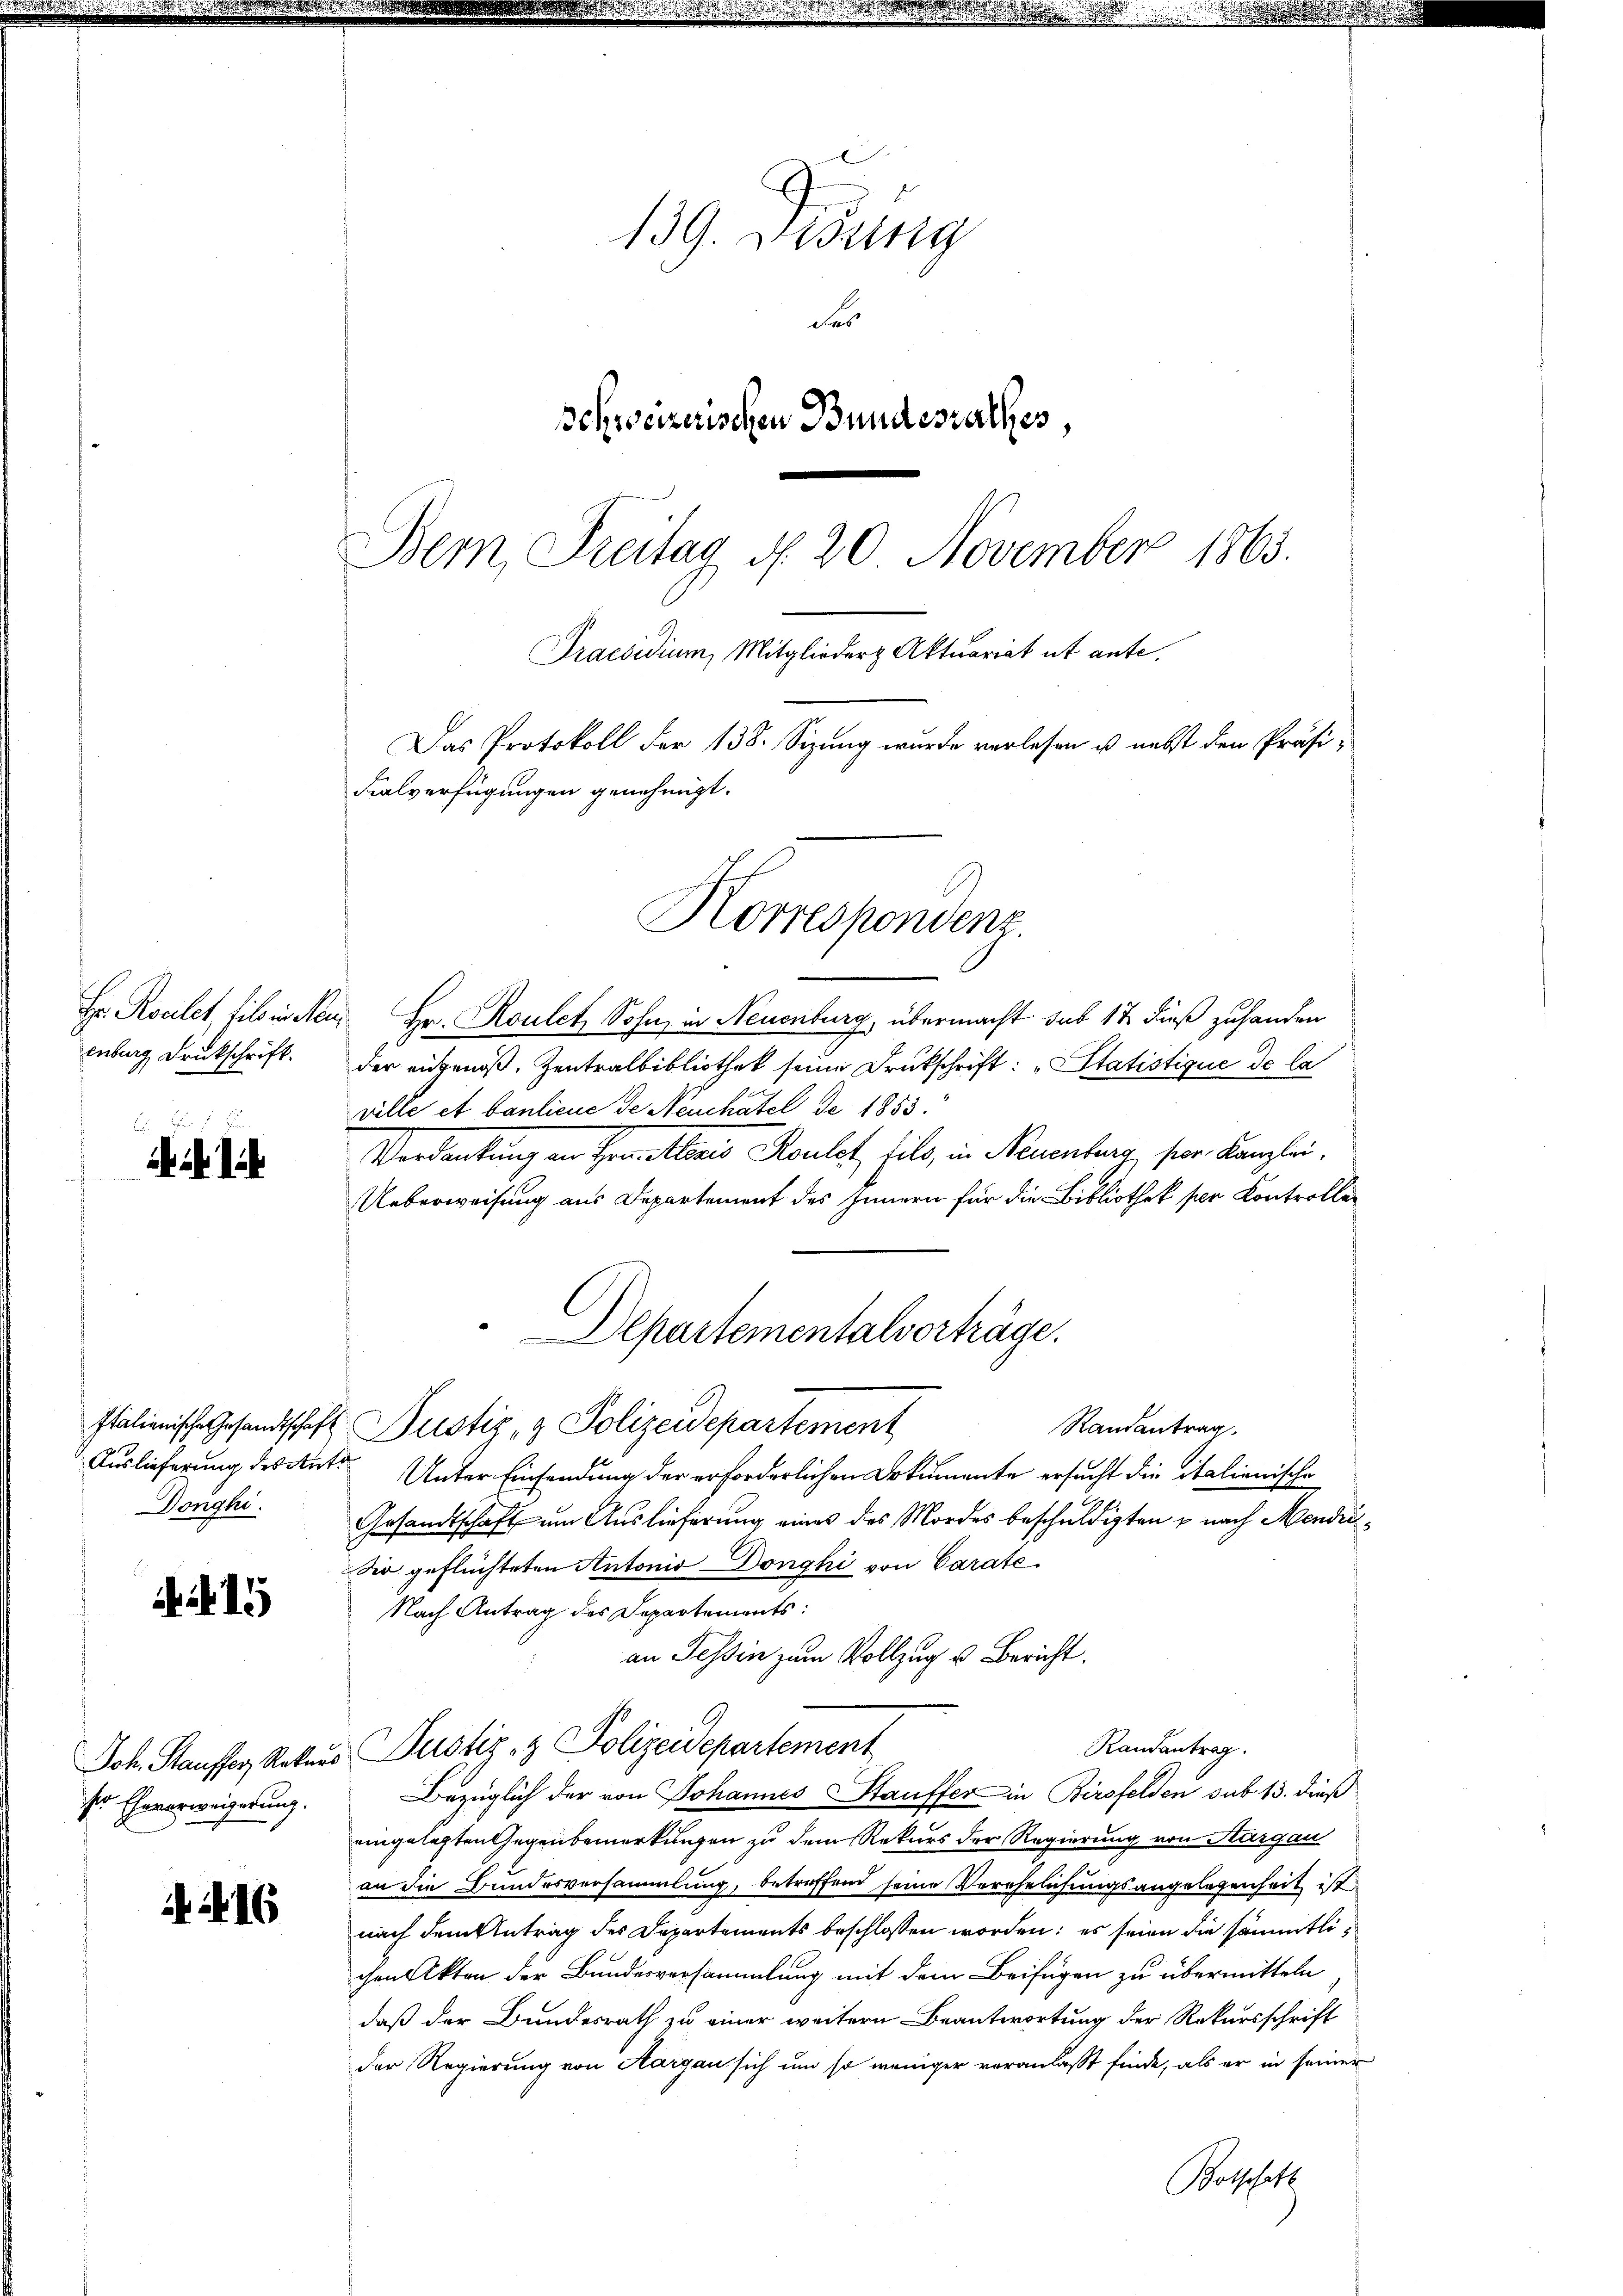
Hr. Roelet lieb in Men
enburg Druckschrift.

u

Donghi

15

Joh. Stauffer, Rekur
ser Eheverweigerung.

416

139. Desung
des
schweizerischen Bundesrathes,
Bemn Freitag d. 20 November 1865.
Praesidium, Mitglieder Aktuariat ut ante.
Das Protokoll der 138. Sizung wurde verlesen u. nebst den Präsi¬
Fialverfügungen genehmigt.

Hr. Roulet, Sohn, in Neuenburg, übermacht sub 12 dieß zuhanden
der angenoß. Zentralbibliothek seine Drukschrift: „Statistique de la
ville et baulicus de Neuchatel de 1855.
Verdankung in Herr Alaris Roulat, fils, in Neuenburg, sein Kanzlei-
Ueberweisung aus Departement des Innern für die Bibliothek per Kontrollen
Italienische Gesandtschaft Justiz- & Polizeidepartement
Randantrag
Auslieferung des gute Unter Einsendung der erforderlichen Orkumente ersucht die italienische
Gesandtschaft um Auslieferung eines des Mordes beschuldigten u nach Mendi¬
Sie geflüchteten Antonis Donghi von Carate
Nach Antrag des Departements:
an Tessin zum Vollzug u. Bericht.
Randantrag.
Pustiz- & Polizeidepartement
Bezüglich der von Johannes Stauffer in Birsfelden sub 13. dieß
eingelegten Gegenbemerkungen zu dem Rekurs der Regierung von Sargau
an die Bundesversammlung, betreffend seine Verehelichungsangelegenheit ist
nach dem Antrag des Departements beschlossen worden; es seien die sämmtlichen Akten der Bundesversammlung mit dem Beifügen zu übermitteln
daß der Bundesrath zu einer weitern Beantwortung der Rekursschrift
der Regierung von Aargau sich um so weniger veranlaßt finde, als er in seinen
Botschaft

Korrespondenz.

Departementalvorträge.